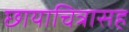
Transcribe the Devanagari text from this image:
छायाचित्रासह